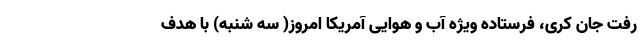
رفت جان کری، فرستاده ویژه آب و هوایی آمریکا امروز( سه شنبه) با هدف